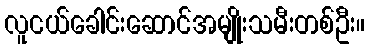
လူငယ်ခေါင်းဆောင်အမျိုးသမီးတစ်ဦး။